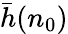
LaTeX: \bar{h}(n_{0})